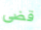
قضى